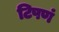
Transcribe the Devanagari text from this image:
टिपणं